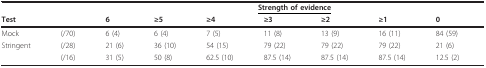
|  |  | <COLSPAN=7> <underline>Strength of evidence</underline> |
 | <COLSPAN=2> Test | 6 | ≥5 | ≥4 | ≥3 | ≥2 | ≥1 | 0 |
 | --- | --- | --- | --- | --- | --- | --- | --- | --- |
 | Mock | (/70) | 6 (4) | 6 (4) | 7 (5) | 11 (8) | 13 (9) | 16 (11) | 84 (59) |
 | Stringent | (/28) | 21 (6) | 36 (10) | 54 (15) | 79 (22) | 79 (22) | 79 (22) | 21 (6) |
 |  | (/16) | 31 (5) | 50 (8) | 62.5 (10) | 87.5 (14) | 87.5 (14) | 87.5 (14) | 12.5 (2) |